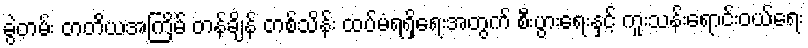
ခွဲတမ်း တတိယအကြိမ် တန်ချိန် တစ်သိန်း ထပ်မံရရှိရေးအတွက် စီးပွားရေးနှင့် ကူးသန်းရောင်းဝယ်ရေး